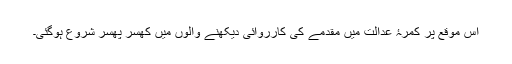
اس موقع پر کمرۂ عدالت میں مقدمے کی کارروائی دیکھنے والوں میں کھسر پھسر شروع ہوگئی۔